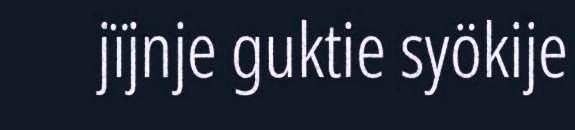
jïjnje guktie syökije